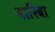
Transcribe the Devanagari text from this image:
बारिबा